Document type: Oath
Year: 1447
Scribe: Pere Figuerola
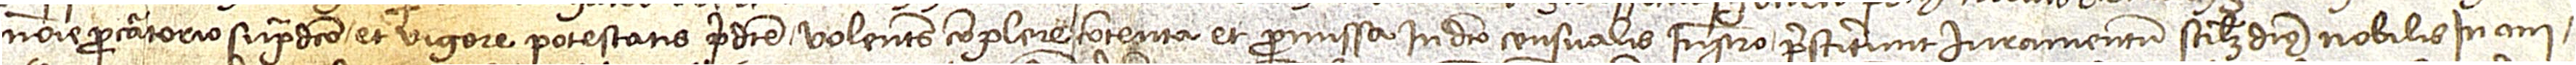
nomine procuratorio supradicto et vigore potestatis predicte, volentes complere contenta et promissa in dicto censualis instrumento prestiterunt iuramentum, scilicet, dictus nobilis in ani-